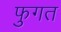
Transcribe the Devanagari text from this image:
फुगत